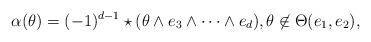
LaTeX: \begin{align*}\alpha(\theta) = (-1)^{d-1} \star (\theta \wedge e_3\wedge\dots \wedge e_d), \theta\not\in \Theta(e_1,e_2),\end{align*}